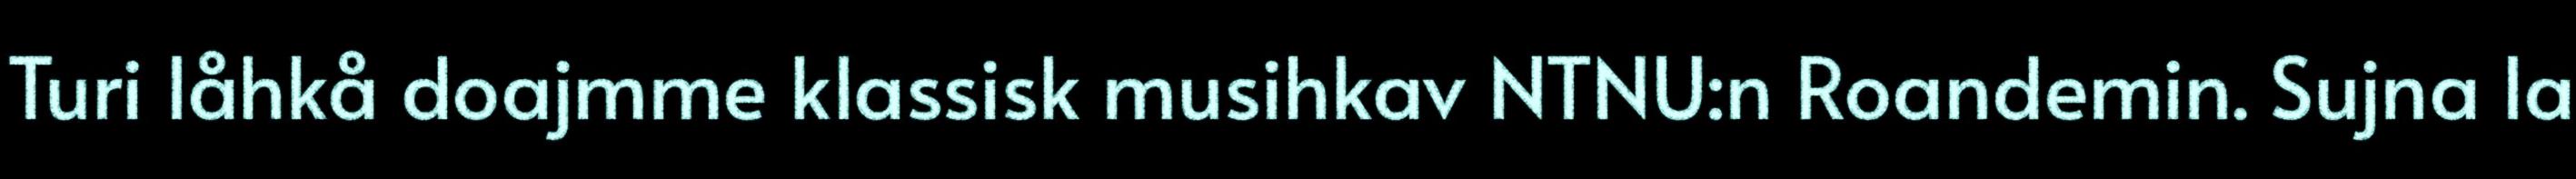
Turi låhkå doajmme klassisk musihkav NTNU:n Roandemin. Sujna la